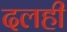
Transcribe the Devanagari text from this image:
दलही